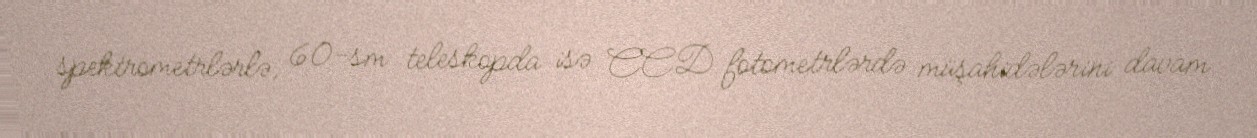
spektrometrlərlə, 60-sm teleskopda isə CCD fotometrlərdə müşahidələrini davam